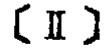
\text{(Ⅱ)}